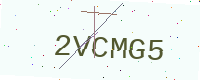
Text: 2VCMG5